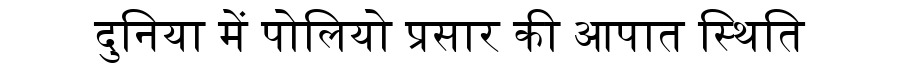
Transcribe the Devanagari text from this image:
दुनिया में पोलियो प्रसार की आपात स्थिति